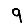
Digit: 9